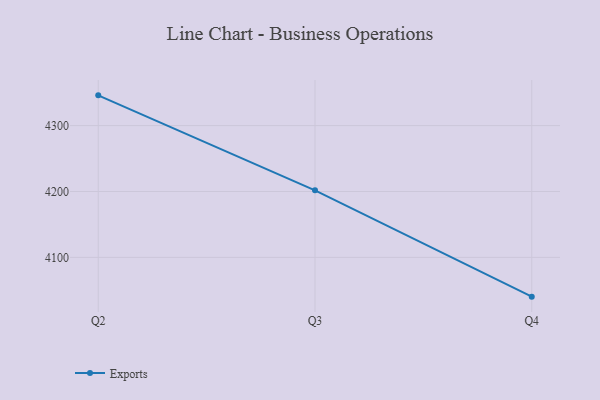
{"axis": {"x": "Quarter", "y": "Humidity (%)"}, "legend": ["Exports"], "data": [{"x": "Q2", "y": 4345.9, "type": "Exports"}, {"x": "Q3", "y": 4201.7, "type": "Exports"}, {"x": "Q4", "y": 4040.4, "type": "Exports"}]}